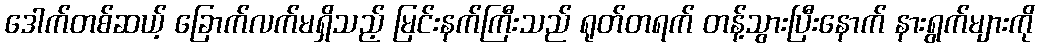
ဒေါက်တစ်ဆယ့် ခြောက်လက်မရှိသည့် မြင်းနက်ကြီးသည် ရုတ်တရက် တန့်သွားပြီးနောက် နားရွက်များကို